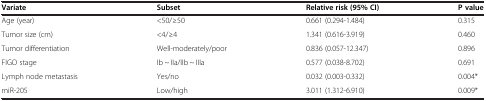
<table><thead><tr><td><b>Variate</b></td><td><b>Subset</b></td><td><b>Relative risk (95% CI)</b></td><td><b>P value</b></td></tr></thead><tbody><tr><td>Age (year)</td><td>&lt;50/≥50</td><td>0.661 (0.294-1.484)</td><td>0.315</td></tr><tr><td>Tumor size (cm)</td><td>&lt;4/≥4</td><td>1.341 (0.616-3.919)</td><td>0.460</td></tr><tr><td>Tumor differentiation</td><td>Well-moderately/poor</td><td>0.836 (0.057-12.347)</td><td>0.896</td></tr><tr><td>FIGO stage</td><td>Ib ~ IIa/IIb ~ IIIa</td><td>0.577 (0.038-8.702)</td><td>0.691</td></tr><tr><td>Lymph node metastasis</td><td>Yes/no</td><td>0.032 (0.003-0.332)</td><td>0.004*</td></tr><tr><td>miR-205</td><td>Low/high</td><td>3.011 (1.312-6.910)</td><td>0.009*</td></tr></tbody></table>